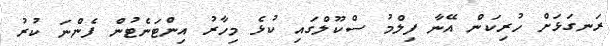
ރަނގަޅަށް ހުރިކަން އޭނާ ފިލްމު ސްކޫލްގައި ކުޅެ މިހާރު އިންޓަނެޓުން ފެންނަ ކުރު